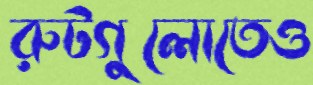
রুটগুলোতেও